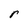
Character: r